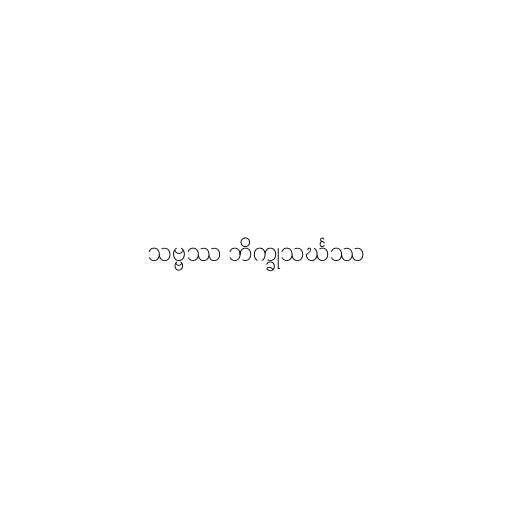
သဗ္ဗဿ ဘိက္ခုသင်္ဃဿ